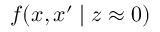
f ( x , x ^ { \prime } \mid z \approx 0 )